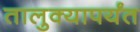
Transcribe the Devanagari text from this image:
तालुक्यापर्यंत